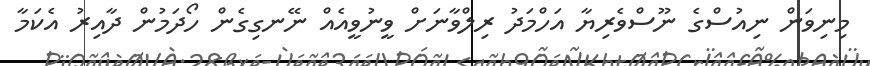
މިނިވަން ނިއުސްގެ ނޫސްވެރިޔާ އަހްމަދު ރިލްވާނަށް ވީނުވީއެއް ނޭނގިގެން ހޯދަމުން ދާއިރު އެކަމާ